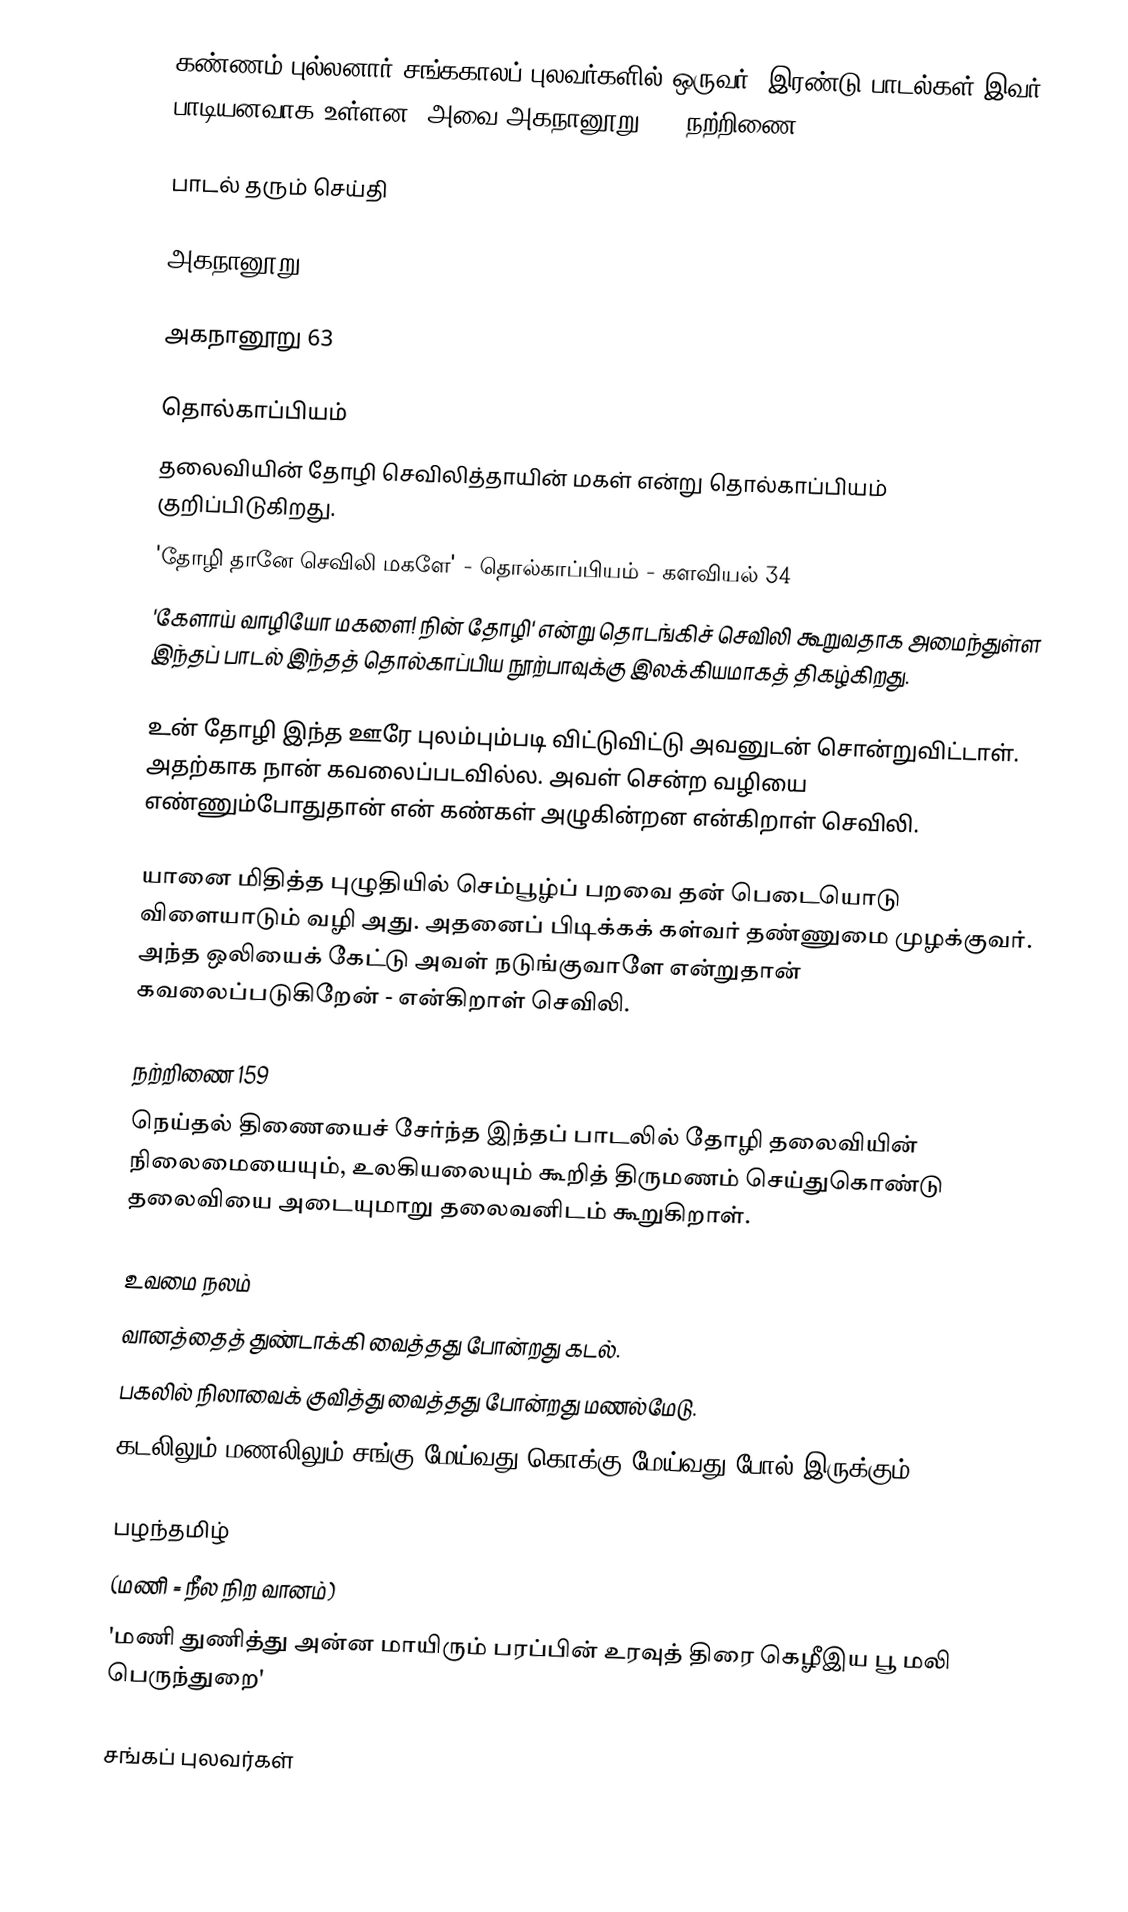
கண்ணம் புல்லனார் சங்ககாலப் புலவர்களில் ஒருவர். இரண்டு பாடல்கள் இவர் பாடியனவாக உள்ளன. அவை அகநானூறு 63, நற்றிணை 159

பாடல் தரும் செய்தி

அகநானூறு 63

அகநானூறு 63

தொல்காப்பியம்
தலைவியின் தோழி செவிலித்தாயின் மகள் என்று தொல்காப்பியம் குறிப்பிடுகிறது.
 'தோழி தானே செவிலி மகளே' - தொல்காப்பியம் - களவியல் 34
 'கேளாய் வாழியோ மகளை! நின் தோழி' என்று தொடங்கிச் செவிலி கூறுவதாக அமைந்துள்ள இந்தப் பாடல் இந்தத் தொல்காப்பிய நூற்பாவுக்கு இலக்கியமாகத் திகழ்கிறது.

உன் தோழி இந்த ஊரே புலம்பும்படி விட்டுவிட்டு அவனுடன் சொன்றுவிட்டாள். அதற்காக நான் கவலைப்படவில்ல. அவள் சென்ற வழியை எண்ணும்போதுதான் என் கண்கள் அழுகின்றன என்கிறாள் செவிலி.

யானை மிதித்த புழுதியில் செம்பூழ்ப் பறவை தன் பெடையொடு விளையாடும் வழி அது. அதனைப் பிடிக்கக் கள்வர் தண்ணுமை முழக்குவர். அந்த ஒலியைக் கேட்டு அவள் நடுங்குவாளே என்றுதான் கவலைப்படுகிறேன் - என்கிறாள் செவிலி.

நற்றிணை 159
நெய்தல் திணையைச் சேர்ந்த இந்தப் பாடலில் தோழி தலைவியின் நிலைமையையும், உலகியலையும் கூறித் திருமணம் செய்துகொண்டு தலைவியை அடையுமாறு தலைவனிடம் கூறுகிறாள்.

உவமை நலம்
 வானத்தைத் துண்டாக்கி வைத்தது போன்றது கடல்.
 பகலில் நிலாவைக் குவித்து வைத்தது போன்றது மணல்மேடு.
 கடலிலும் மணலிலும் சங்கு மேய்வது கொக்கு மேய்வது போல் இருக்கும்.

பழந்தமிழ்
(மணி = நீல நிற வானம்)
'மணி துணித்து அன்ன மாயிரும் பரப்பின் உரவுத் திரை கெழீஇய பூ மலி பெருந்துறை'

சங்கப் புலவர்கள்